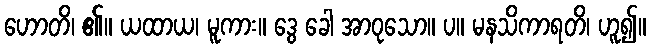
ဟောတိ၊ ၏။ ယထာယ၊ မူကား။ ဒွေ ခေါ အာဝုသော။ ပ။ မနသိကာရတိ၊ ဟူ၍။